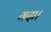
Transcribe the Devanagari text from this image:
गदा।